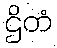
ဌိတံ